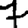
Digit: 7